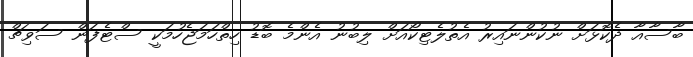
ބާސާއާ ދެކޮޅަށް ނުކުންނައިރު އެތުލެޓިކޯއަށް ލިބުނު އެންމެ ބޮޑު ހިތްހަމަޖެހުމަކީ ސްޓެފަން ސަވިޗް